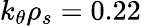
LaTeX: k_{\theta}\rho_{s}=0.22